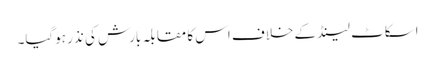
اسکاٹ لینڈ کے خلاف اس کا مقابلہ بارش کی نذر ہوگیا۔